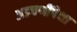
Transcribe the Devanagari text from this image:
अडचणींपेक्षा